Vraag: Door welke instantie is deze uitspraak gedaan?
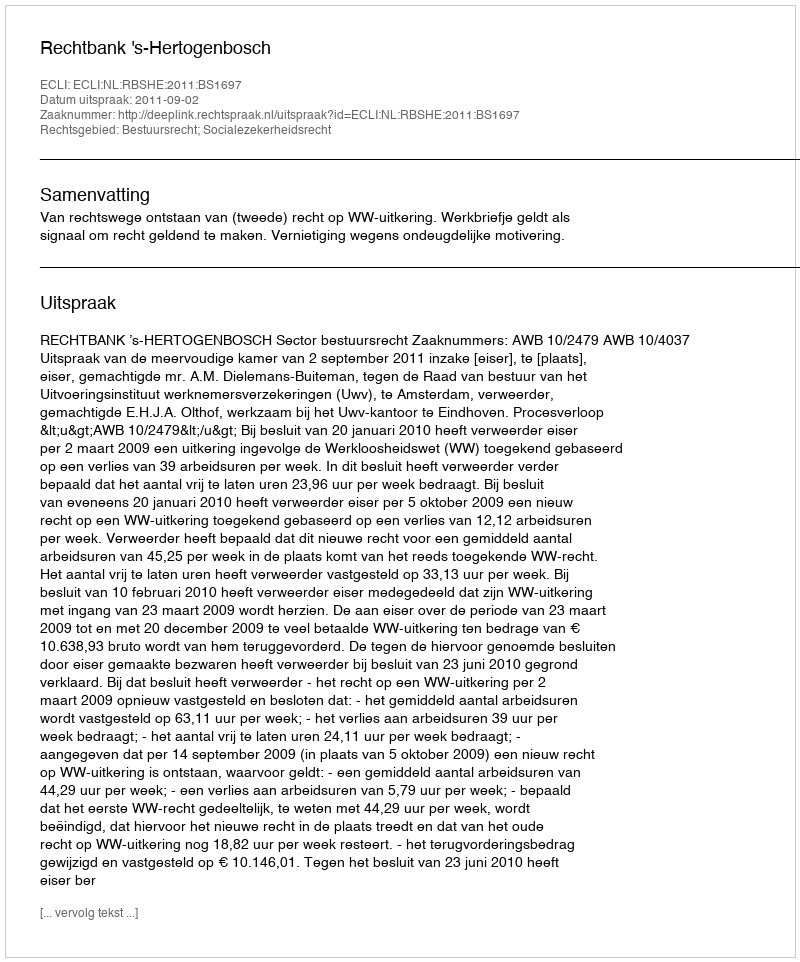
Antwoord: Rechtbank 's-Hertogenbosch